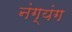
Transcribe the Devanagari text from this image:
नंग्यंग